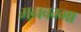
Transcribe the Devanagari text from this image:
मनवम्मा